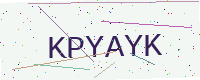
Text: KPYAYK